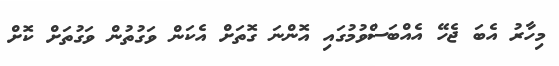
މިހާރު އެބަ ޖެހޭ އެއްބަސްވުމުގައި އޮންނަ ގޮތަށް އެކަން ވަގުތުން ވަގުތަށް ކޮށް